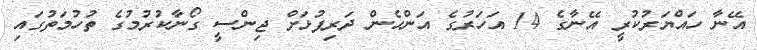
އޭނާ ހައްޔަރުކުރީ އޭނާގެ 14 އަހަރުގެ އަންހެން ދަރިފުޅަށް ޖިންސީ ގޯނާކުރުމުގެ ތުހުމަތުގައި